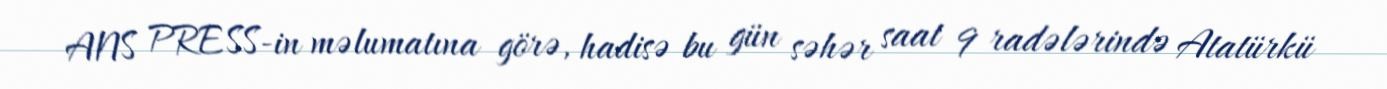
ANS PRESS-in məlumatına görə, hadisə bu gün səhər saat 9 radələrində Atatürkü